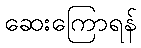
ဆေးကြောရန်